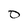
Character: O